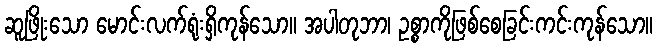
ဆူဖြိုးသော မောင်းလက်ရုံးရှိကုန်သော။ အပါတုဘာ၊ ဥစ္စာကိုဖြစ်စေခြင်းကင်းကုန်သော။